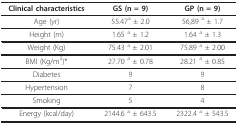
<table><thead><tr><td><b>Clinical characteristics</b></td><td><b>GS (n = 9)</b></td><td><b>GP (n = 9)</b></td></tr></thead><tbody><tr><td>Age (yr)</td><td>55.47<sup>a </sup>± 2.0</td><td>56,89 <sup>a </sup>± 1.7</td></tr><tr><td>Height (m)</td><td>1.65 <sup>a </sup>± 1.2</td><td>1.64 <sup>a </sup>± 1.3</td></tr><tr><td>Weight (Kg)</td><td>75.43 <sup>a </sup>± 2.01</td><td>75.89 <sup>a </sup>± 2.00</td></tr><tr><td>BMI (Kg/m<sup>2</sup>)*</td><td>27.70 <sup>a </sup>± 0.78</td><td>28.21 <sup>a </sup>± 0.85</td></tr><tr><td>Diabetes</td><td>9</td><td>9</td></tr><tr><td>Hypertension</td><td>7</td><td>8</td></tr><tr><td>Smoking</td><td>5</td><td>4</td></tr><tr><td>Energy (kcal/day)</td><td>2144.6 <sup>a </sup>± 643.5</td><td>2322.4 <sup>a </sup>± 543.5</td></tr></tbody></table>